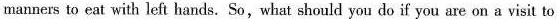
manners to eat with left hands. So,what should you do if you are on a visit to